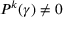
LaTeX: P ^ { k } ( \gamma ) \neq 0